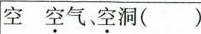
空 空气、空洞( )